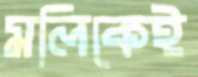
মলিকেই